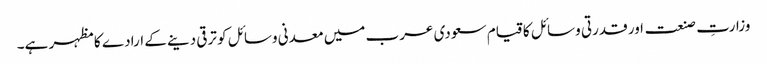
وزارتِ صنعت اور قدرتی وسائل کا قیام سعودی عرب میں معدنی وسائل کو ترقی دینے کے ارادے کا مظہر ہے۔